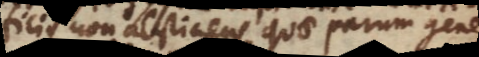
artificiis non abstinens, quae parum generosa